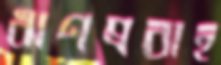
ঋণপ্রবাহ